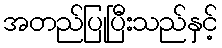
အတည်ပြုပြီးသည်နှင့်